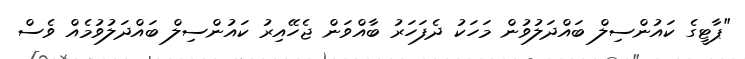
"ޕާޓީގެ ކައުންސިލް ބައްދަލުވުން މަހަކު ދެފަހަރު ބާއްވަން ޖެހޭއިރު ކައުންސިލް ބައްދަލުވުމެއް ވެސް